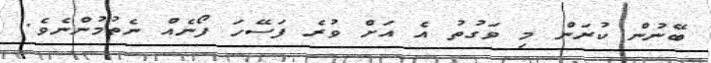
ބޭނުން ކުރަން މި ވަގުތު އެ އަށް ވުރެ ފަސޭހަ ފޯނެއް ނެތުމުންނެވެ.